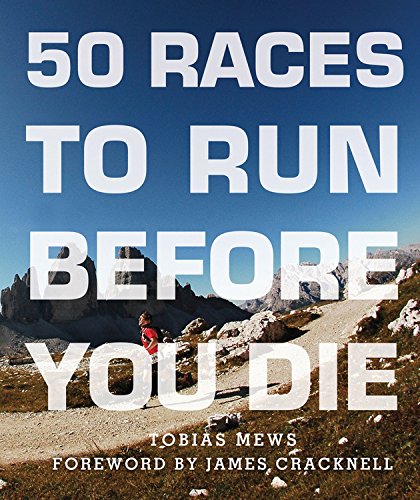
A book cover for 50 Races to Run Before You Die: The Essential Guide to 50 Epic Foot-Races Across the Globe; Tobias Mews; Health, Fitness & Dieting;